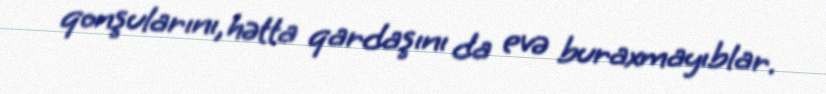
qonşularını, hətta qardaşını da evə buraxmayıblar.